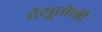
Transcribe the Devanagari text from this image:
देयूजेनी